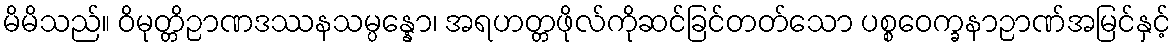
မိမိသည်။ ဝိမုတ္တိဉာဏဒဿနသမ္ပန္နော၊ အရဟတ္တဖိုလ်ကိုဆင်ခြင်တတ်သော ပစ္စဝေက္ခနာဉာဏ်အမြင်နှင့်